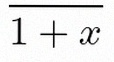
\frac{1}{1+x}